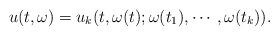
LaTeX: \begin{align*}u(t,\omega)=u_{k}(t,\omega(t);\omega(t_{1}),\cdots,\omega(t_{k})).\end{align*}